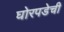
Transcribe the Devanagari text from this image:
घोरपडेची